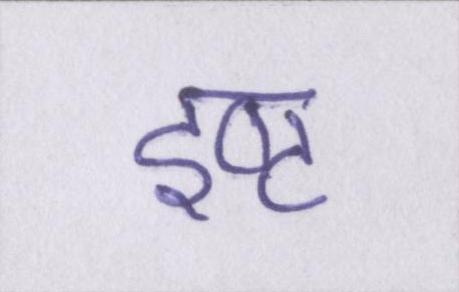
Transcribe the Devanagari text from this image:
इष्ट